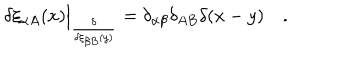
\delta \xi _ { \alpha A } ( x ) \Big | _ { \frac { \delta } { \delta \xi _ { \beta B } ( y ) } } = \delta _ { \alpha \beta } \delta _ { A B } \delta ( x - y ) \quad .